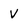
Character: v